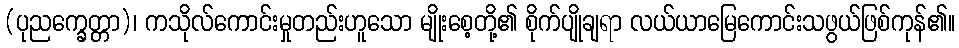
(ပုညက္ခေတ္တာ)၊ ကသိုလ်ကောင်းမှုတည်းဟူသော မျိုးစေ့တို့၏ စိုက်ပျိုချရာ လယ်ယာမြေကောင်းသဖွယ်ဖြစ်ကုန်၏။